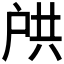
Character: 𫼌